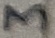
Text: 3